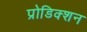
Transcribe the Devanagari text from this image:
प्रोडिक्शन